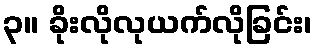
၃။ ခိုးလိုလုယက်လိုခြင်း၊